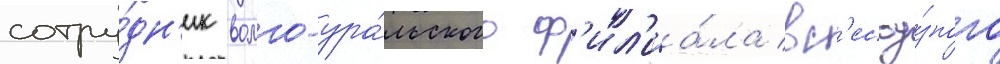
сотру́дн'ик волго-ура́льского ф'ил'иа́ла вс'есоу́зного